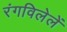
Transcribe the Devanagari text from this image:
रंगविलेलें